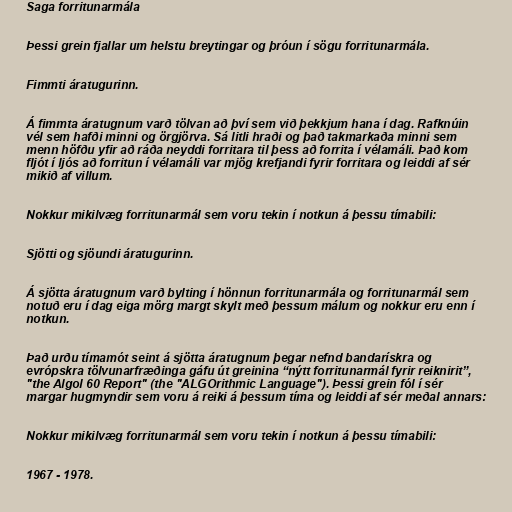
Saga forritunarmála

Þessi grein fjallar um helstu breytingar og þróun í sögu forritunarmála.

Fimmti áratugurinn.

Á fimmta áratugnum varð tölvan að því sem við þekkjum hana í dag. Rafknúin
vél sem hafði minni og örgjörva. Sá litli hraði og það takmarkaða minni sem
menn höfðu yfir að ráða neyddi forritara til þess að forrita í vélamáli. Það kom
fljót í ljós að forritun í vélamáli var mjög krefjandi fyrir forritara og leiddi af sér
mikið af villum.

Nokkur mikilvæg forritunarmál sem voru tekin í notkun á þessu tímabili:

Sjötti og sjöundi áratugurinn.

Á sjötta áratugnum varð bylting í hönnun forritunarmála og forritunarmál sem
notuð eru í dag eiga mörg margt skylt með þessum málum og nokkur eru enn í
notkun.

Það urðu tímamót seint á sjötta áratugnum þegar nefnd bandarískra og
evrópskra tölvunarfræðinga gáfu út greinina “nýtt forritunarmál fyrir reiknirit”,
"the Algol 60 Report" (the "ALGOrithmic Language"). Þessi grein fól í sér
margar hugmyndir sem voru á reiki á þessum tíma og leiddi af sér meðal annars:

Nokkur mikilvæg forritunarmál sem voru tekin í notkun á þessu tímabili:

1967 - 1978.